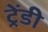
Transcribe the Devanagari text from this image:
ट्रेंडी